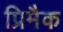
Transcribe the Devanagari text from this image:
प्रिमैक